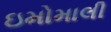
ઇમોમાલી